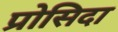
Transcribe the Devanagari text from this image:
प्रोसिदा